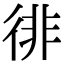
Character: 徘